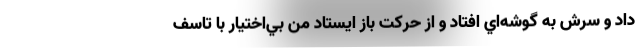
داد و سرش به گوشه‌‌اي افتاد و از حركت باز ايستاد من بي‌اختيار با تاسف